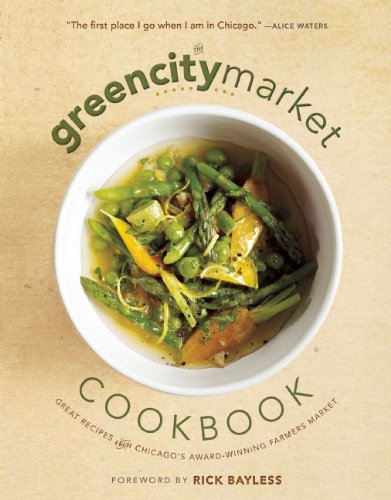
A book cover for The Green City Market Cookbook: Great Recipes from Chicago's Award-Winning Farmers Market; Cookbooks, Food & Wine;